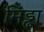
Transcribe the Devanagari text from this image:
मिड्ढा